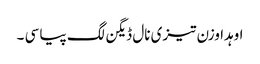
اوہدا وزن تیزی نال ڈیگن لگ پیا سی ۔